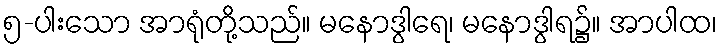
၅-ပါးသော အာရုံတို့သည်။ မနောဒွါရေ၊ မနောဒွါရ၌။ အာပါထ၊